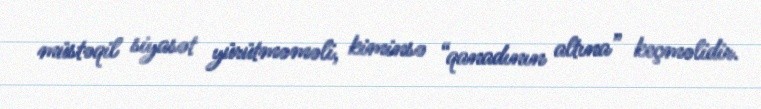
müstəqil siyasət yürütməməli, kiminsə “qanadının altına” keçməlidir.